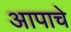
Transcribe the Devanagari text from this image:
आपाचे